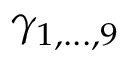
\gamma _ { 1 , . . . , 9 }